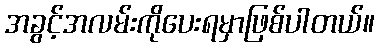
အခွင့်အလမ်းကိုပေးရမှာဖြစ်ပါတယ်။